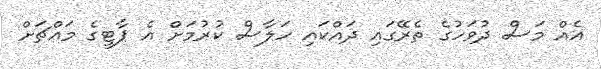
އެއް މަސް ދުވަހުގެ ތެރޭގައި ދައްކައި ހަލާސް ކުރުމަށް އެ ޕާޓީގެ މައްޗަށް